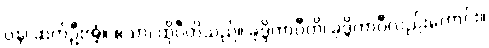
ပန၊ ဆက်ဦးအံ့။ ဧသာ၊ ထိုပီတိသည်။ ခုဒ္ဒိကာပီတိ၊ ခုဒ္ဒိကာပီလည်းကောင်း။